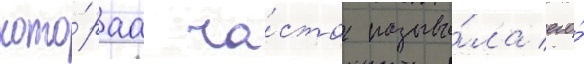
кото́раа ча́сто называ́ла его́